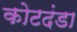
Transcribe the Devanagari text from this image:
कोटदंडा